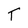
Character: T